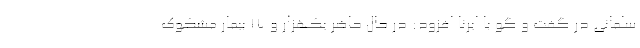
سلمانی در گفت و گو با ایرنا افزود: در حال حاضر یکهزار و ۱۷ بیمار مشکوک